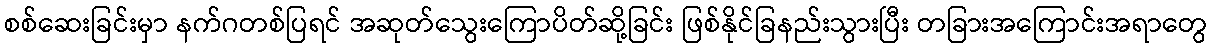
စစ်ဆေးခြင်းမှာ နက်ဂတစ်ပြရင် အဆုတ်သွေးကြောပိတ်ဆို့ခြင်း ဖြစ်နိုင်ခြနည်းသွားပြီး တခြားအကြောင်းအရာတွေ